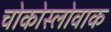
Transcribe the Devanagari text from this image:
चोकोस्लोवाक